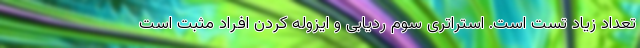
تعداد زیاد تست است. استراتری سوم ردیابی و ایزوله کردن افراد مثبت است